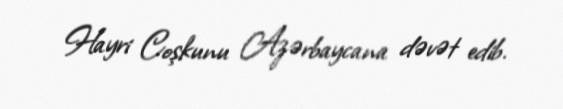
Hayri Coşkunu Azərbaycana dəvət edib.